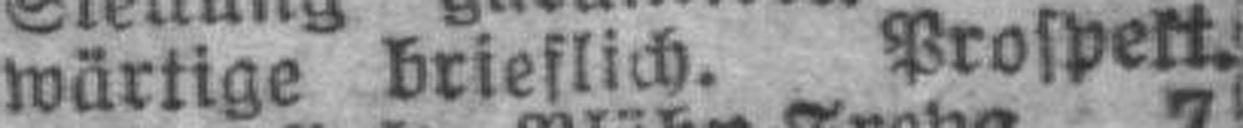
wärtige brieflich. Prospekt.